Civil Veterinary Department Bihar & Orissa reports 1922-29 - 1922-1929
Year: 1922
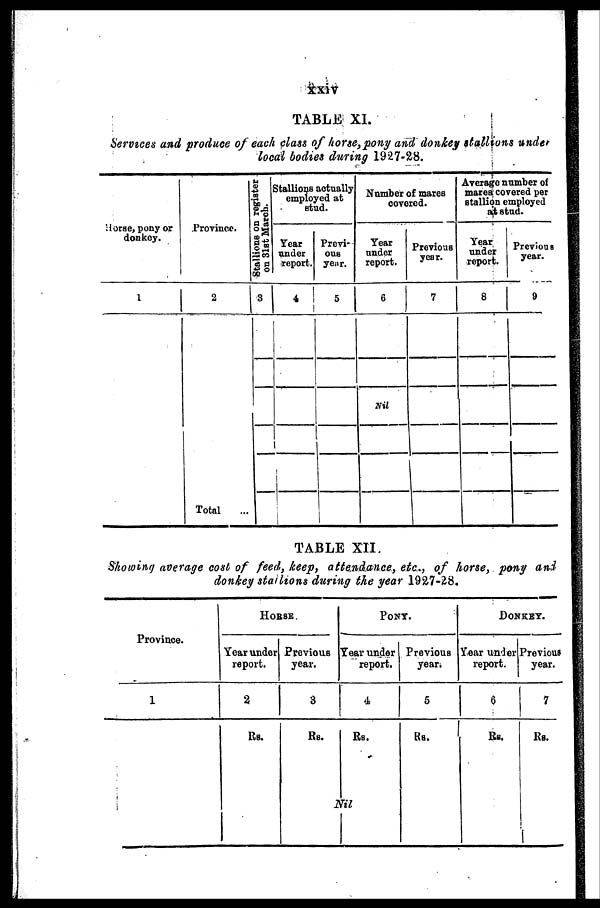
xxiv
TABLE XI.
Services and produce of each clan of horse,pony and donkey stallions under
local bodies during 1927-28.
Horse, pony or
donkey.
1
Province.
2
Total
Stallions on register
on 31st March.
3
Stallions actually
employed at
stud.
Ill
4
Previ-
ous
year.
5
Number of mares
covered.
Year
under
report.
6
Nil
Previous
year.
7
Average number of
marea covered per
stallion employed
at stud.
8
9
TABLE XII.
Showing average cost of feed, keep, attendance, etc, of horse, pony and
donkey staitions during the year 1927-28.
Province.
1
HORSE
Year under
report.
2
Rs.
Previous
year.
3
Rs.
PONY.
Year under Previous
report.
yean
4.
Rs.
Til
5
RS.
DON
KEY.
Year under
report.
6
Rs.
Previous
year.
7
Rs.